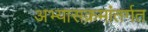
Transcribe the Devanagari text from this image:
अभ्यासक्रमांतर्गत